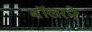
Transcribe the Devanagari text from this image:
बॉलरने